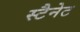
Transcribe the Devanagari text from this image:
स्टैनेट